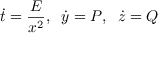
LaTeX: { \dot { t } } = { \frac { E } { x ^ { 2 } } } , \; \; { \dot { y } } = P , \; \; { \dot { z } } = Q